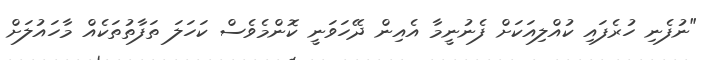
"ނުފެނި ހުރެފައި ކުއްލިއަކަށް ފެނުނީމާ އެއިން ދޭހަވަނީ ކޮންމެވެސް ކަހަލަ ތަފާތުތަކެއް މާހައުލަށް